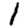
Digit: 1